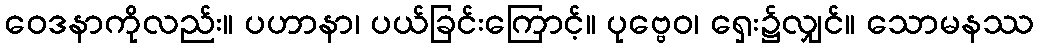
ဝေဒနာကိုလည်း။ ပဟာနာ၊ ပယ်ခြင်းကြောင့်။ ပုဗ္ဗေဝ၊ ရှေး၌လျှင်။ သောမနဿ